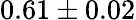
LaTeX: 0.61\pm 0.02